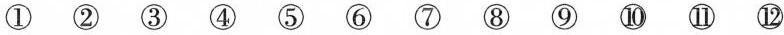
①②③④⑤⑥⑦⑧⑨⑩⑪⑫